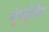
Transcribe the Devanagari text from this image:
मुंबईतीत